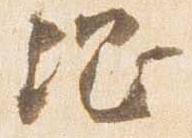
綱